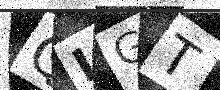
Text: QIGT